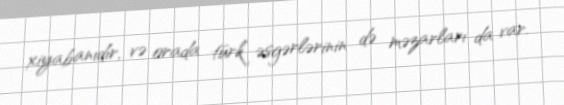
xiyabanıdır, və orada türk əsgərlərinin də məzarları da var.